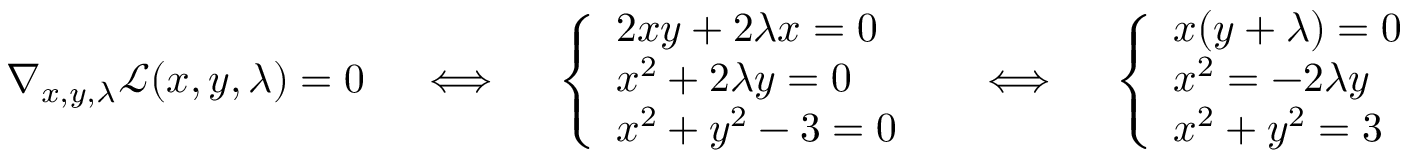
\nabla _ { x , y , \lambda } { \mathcal { L } } ( x , y , \lambda ) = 0 \quad \iff \quad { \left\{ \begin{array} { l l } { 2 x y + 2 \lambda x = 0 } \\ { x ^ { 2 } + 2 \lambda y = 0 } \\ { x ^ { 2 } + y ^ { 2 } - 3 = 0 } \end{array} \right. } \quad \iff \quad { \left\{ \begin{array} { l l } { x ( y + \lambda ) = 0 } & { { \mathrm { ( i ) } } } \\ { x ^ { 2 } = - 2 \lambda y } & { { \mathrm { ( i i ) } } } \\ { x ^ { 2 } + y ^ { 2 } = 3 } & { { \mathrm { ( i i i ) } } } \end{array} \right. }